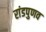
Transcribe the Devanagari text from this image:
रांडपुणव